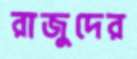
রাজুদের